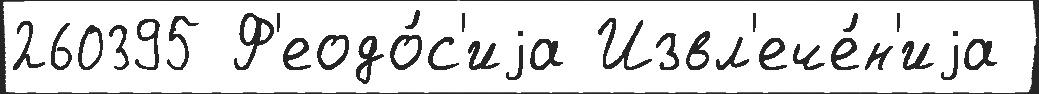
260395 Ф'еодо́с'иjа Извл'ече́н'иjа